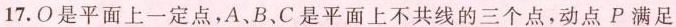
17.O是平面上一定点，A、B、C是平面